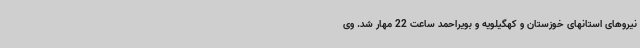
نیروهای استانهای خوزستان و کهگیلویه و بویراحمد ساعت 22 مهار شد. وی